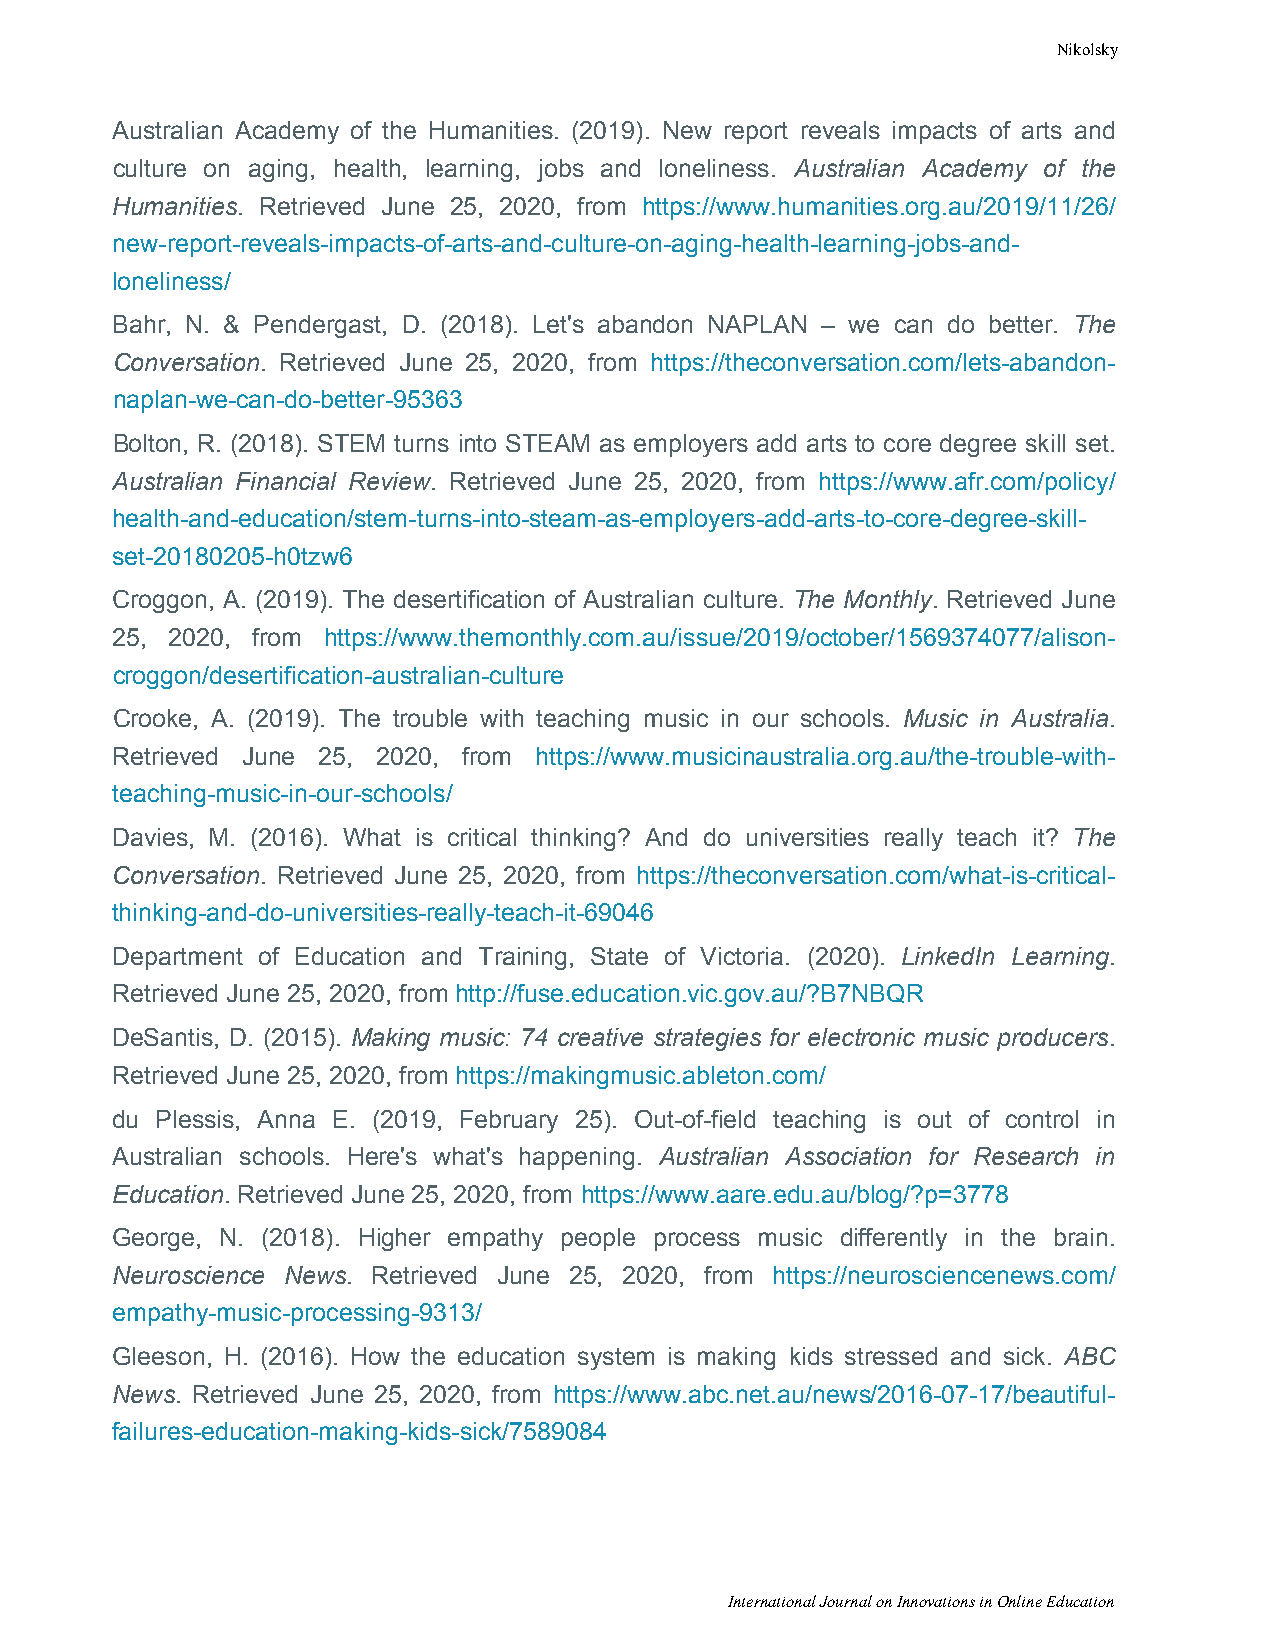
Nikolsky
 Australian Academy of the Humanities. (2019). New report reveals impacts of arts and
 culture on aging, health, learning, jobs and loneliness. Australian Academy of the
 Humanities. Retrieved June 25, 2020, from https://www.humanities.org.au/2019/11/26/
 new-report-reveals-impacts-of-arts-and-culture-on-aging-health-learning-jobs-and-
 loneliness/
 Bahr, N. & Pendergast, D. (2018). Let's abandon NAPLAN – we can do better. The
 Conversation. Retrieved June 25, 2020, from https://theconversation.com/lets-abandon-
 naplan-we-can-do-better-95363
 Bolton, R. (2018). STEM turns into STEAM as employers add arts to core degree skill set.
 Australian Financial Review. Retrieved June 25, 2020, from https://www.afr.com/policy/
 health-and-education/stem-turns-into-steam-as-employers-add-arts-to-core-degree-skill-
 set-20180205-h0tzw6
 Croggon, A. (2019). The desertification of Australian culture. The Monthly. Retrieved June
 25, 2020, from https://www.themonthly.com.au/issue/2019/october/1569374077/alison-
 croggon/desertification-australian-culture
 Crooke, A. (2019). The trouble with teaching music in our schools. Music in Australia.
 Retrieved June 25, 2020, from https://www.musicinaustralia.org.au/the-trouble-with-
 teaching-music-in-our-schools/
 Davies, M. (2016). What is critical thinking? And do universities really teach it? The
 Conversation. Retrieved June 25, 2020, from https://theconversation.com/what-is-critical-
 thinking-and-do-universities-really-teach-it-69046
 Department of Education and Training, State of Victoria. (2020). LinkedIn Learning.
 Retrieved June 25, 2020, from http://fuse.education.vic.gov.au/?B7NBQR
 DeSantis, D. (2015). Making music: 74 creative strategies for electronic music producers.
 Retrieved June 25, 2020, from https://makingmusic.ableton.com/
 du Plessis, Anna E. (2019, February 25). Out-of-field teaching is out of control in
 Australian schools. Here's what's happening. Australian Association for Research in
 Education. Retrieved June 25, 2020, from https://www.aare.edu.au/blog/?p=3778
 George, N. (2018). Higher empathy people process music differently in the brain.
 Neuroscience News. Retrieved June 25, 2020, from https://neurosciencenews.com/
 empathy-music-processing-9313/
 Gleeson, H. (2016). How the education system is making kids stressed and sick. ABC
 News. Retrieved June 25, 2020, from https://www.abc.net.au/news/2016-07-17/beautiful-
 failures-education-making-kids-sick/7589084
 International Journal on Innovations in Online Education